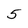
Character: 5